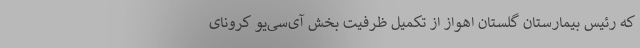
که رئیس بیمارستان گلستان اهواز از تکمیل ظرفیت بخش آی‌سی‌یو کرونای